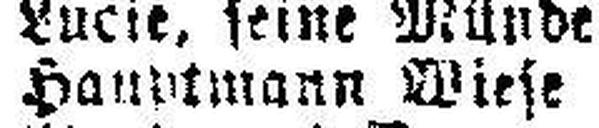
Hauptmann Wiese